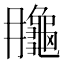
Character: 𪚮